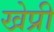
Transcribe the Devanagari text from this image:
खेप्री